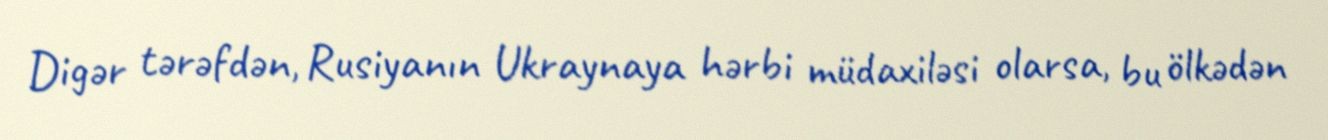
Digər tərəfdən, Rusiyanın Ukraynaya hərbi müdaxiləsi olarsa, bu ölkədən